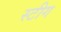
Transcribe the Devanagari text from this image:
स्टीग